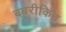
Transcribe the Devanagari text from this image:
बबरीकिन